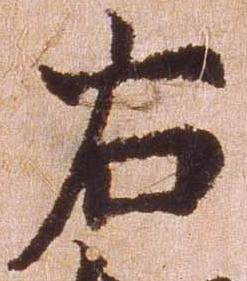
右